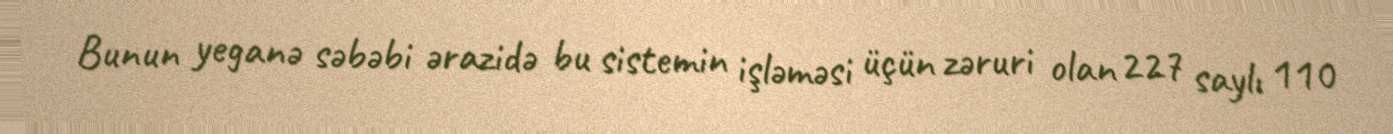
Bunun yeganə səbəbi ərazidə bu sistemin işləməsi üçün zəruri olan 227 saylı 110